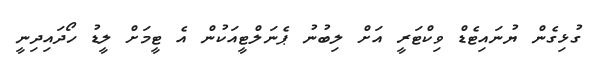
ގުޅިގެން ޔުނައިޓެޑް ވިކްޓަރީ އަށް ލިބުނު ޕެނަލްޓީއަކުން އެ ޓީމަށް ލީޑު ހޯދައިދިނީ